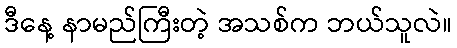
ဒီနေ့ နာမည်ကြီးတဲ့ အသစ်က ဘယ်သူလဲ။